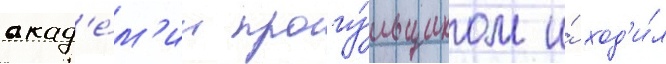
акад'е́м'ии прогу́льщиком и́ ход'и́л